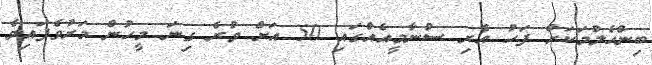
ބިންހެލުމަކަށް ފަހު އެރި ސުނާމީއެއްގައި 50 އަށް ވުރެ ގިނަ މީހުން މަރުވެފައިވެ